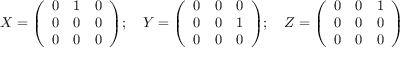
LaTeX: X = { \left( \begin{array} { l l l } { 0 } & { 1 } & { 0 } \\ { 0 } & { 0 } & { 0 } \\ { 0 } & { 0 } & { 0 } \end{array} \right) } ; \quad Y = { \left( \begin{array} { l l l } { 0 } & { 0 } & { 0 } \\ { 0 } & { 0 } & { 1 } \\ { 0 } & { 0 } & { 0 } \end{array} \right) } ; \quad Z = { \left( \begin{array} { l l l } { 0 } & { 0 } & { 1 } \\ { 0 } & { 0 } & { 0 } \\ { 0 } & { 0 } & { 0 } \end{array} \right) }